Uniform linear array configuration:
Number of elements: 24
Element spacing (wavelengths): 0.75
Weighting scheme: exponential
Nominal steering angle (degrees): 0
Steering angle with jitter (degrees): -1.163
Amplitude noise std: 0.05
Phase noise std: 0.05

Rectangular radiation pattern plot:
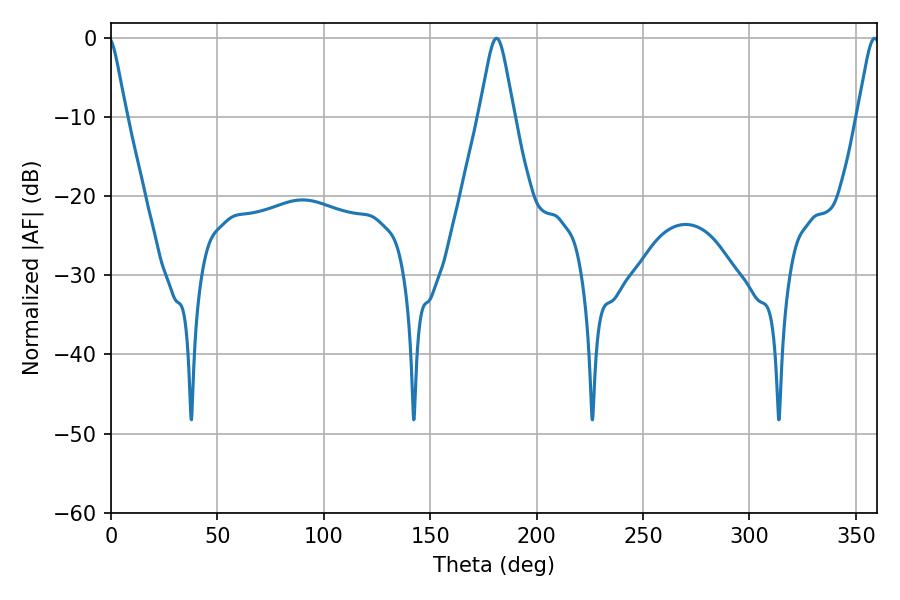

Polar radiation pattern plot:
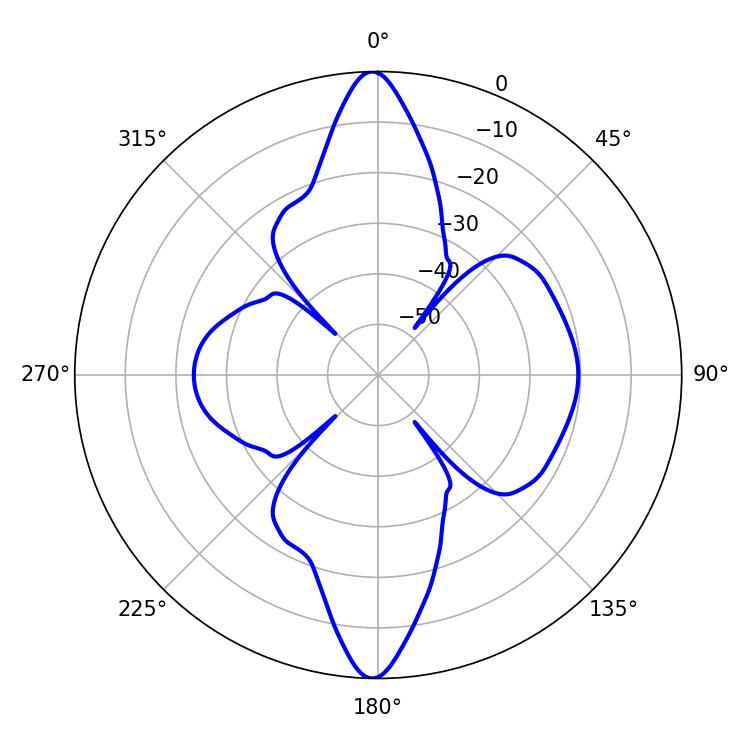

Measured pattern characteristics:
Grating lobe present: TRUE
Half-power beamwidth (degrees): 7.74
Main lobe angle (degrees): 181.08